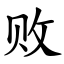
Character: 败